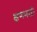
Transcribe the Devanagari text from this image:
क्षणभरही